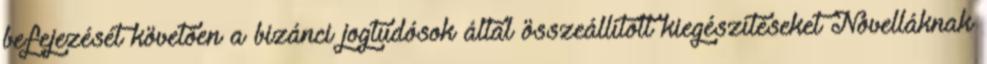
befejezését követően a bizánci jogtudósok által összeállított kiegészítéseket Novelláknak